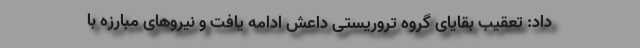
داد: تعقیب بقایای گروه تروریستی داعش ادامه یافت و نیروهای مبارزه با